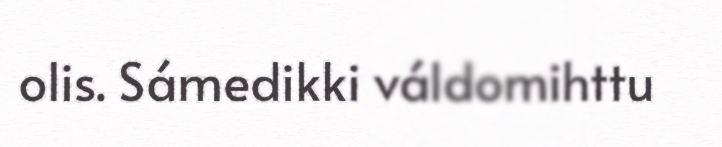
olis. Sámedikki váldomihttu